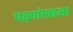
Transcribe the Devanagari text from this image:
पक्ष्यांमधला